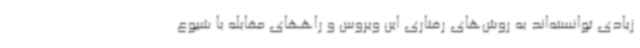
زیادی توانسته‌اند به روش‌های رفتاری این ویروس و راههای مقابله با شیوع